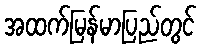
အထက်မြန်မာပြည်တွင်